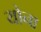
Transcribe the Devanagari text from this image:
योना